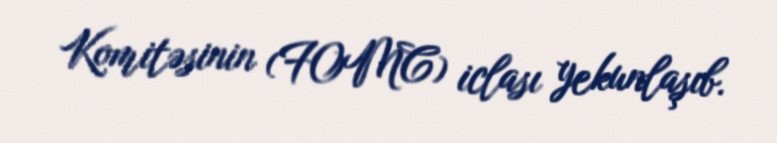
Komitəsinin (FOMC) iclası yekunlaşıb.